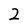
Character: 2